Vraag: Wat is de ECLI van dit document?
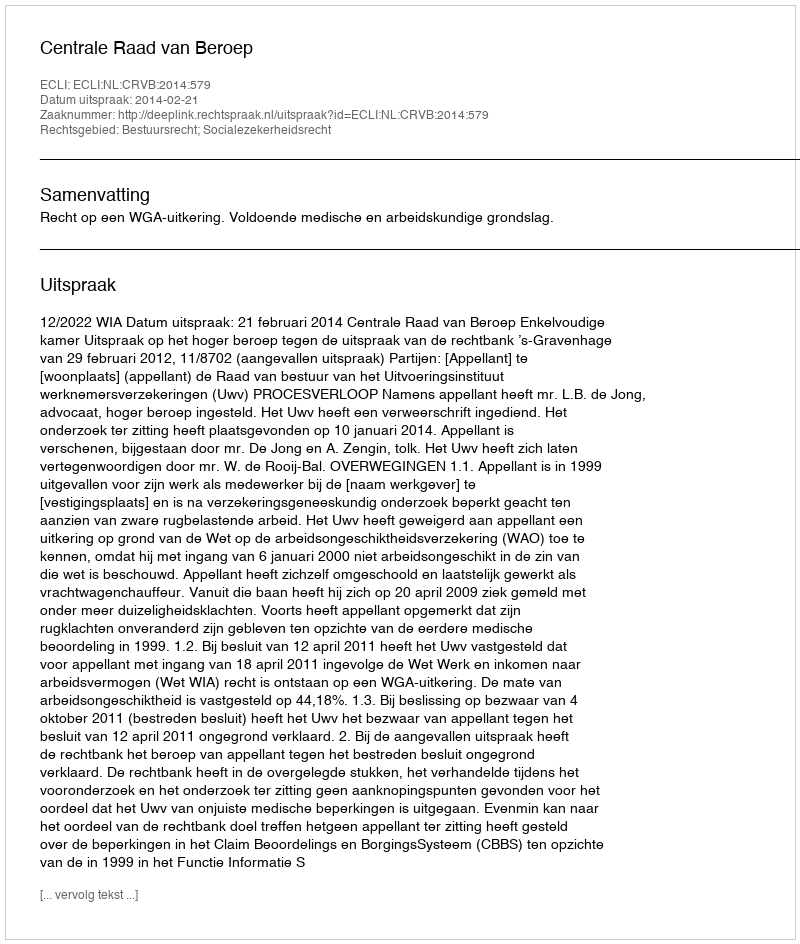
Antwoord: ECLI:NL:CRVB:2014:579